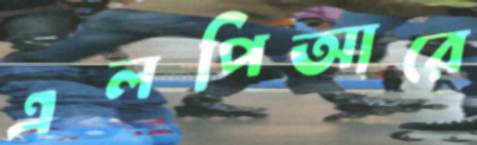
এলপিআরে